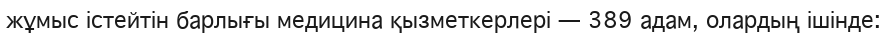
жұмыс істейтін барлығы медицина қызметкерлері — 389 адам, олардың ішінде: